system: You are a helpful assistant.
user:
Analyze the provided spectrum to determine if it is a **S-type Star**.

- **Key Indicators for S-type Star:**

    - **(Overall Spectrum Shape):** The first and most obvious characteristic is the overall continuum (the "baseline" shape). It is **extremely "red-sloping,"** meaning the flux (light intensity) is very low on the left side (blue, ~4000-4500 Å) and rises steeply and continuously toward the right side (red, ~7000 Å+).

    - **(Primary):** The spectrum is defined by the presence of strong, broad molecular absorption "valleys" (bands) from **Zirconium Oxide (ZrO)**. The identification of these bands is the **primary requirement** for classifying a star as S-type.
        - **(Key Bandheads):** You must find distinct, deep "dips" where the light has been absorbed. The most critical band systems to locate are:
            - **~6474 Å** ($\gamma$-system): This is often the strongest and clearest ZrO feature, found in the red part of the spectrum.
            - **~5718 Å** & **~5551 Å** ($\beta$-system): A pair of prominent absorption features in the yellow-orange part of the spectrum.
            - **~4640 Å** ($\alpha$-system): A key absorption band system in the blue-green region of the spectrum.

    - **(Secondary Confirmation):** The classification is strengthened by finding additional absorption bands from other related heavy element oxides, which are expected to be present alongside ZrO.
        - **(Key Bandheads):**
            - **Yttrium Oxide (YO):** Look for absorption dips near **~4800 Å** and **~6100 Å**.
            - **Lanthanum Oxide (LaO):** Additional absorption features, particularly in the red-orange part of the spectrum, are also characteristic.

    - **(Line Profile):** The combination of the steep red continuum and these numerous, deep molecular bands (ZrO, YO, etc.) gives the entire spectrum a very **"chopped-up"** or **"bumpy"** appearance. Instead of a smooth curve, the spectrum looks as though large, wide chunks of light have been "carved out" of it at the specific wavelengths listed above.

Think first, call **spectral_visualization_tool** if needed to examine features in detail, then provide your final answer. Your response must adhere to the following strict rules:
1.  **Overall Structure:** Your response must follow the format `<think>...</think> <tool_call>...</tool_call> (if a tool is used) <answer>...</answer>`.
2.  **Tool Usage Constraint:** You may only make **one** tool call per turn.
3.  **Final Answer Format:** In the `<answer>` tag, your conclusion must be inside a `\boxed{}` command (e.g., `\boxed{YES}` or `\boxed{NO}`), followed by your justification.

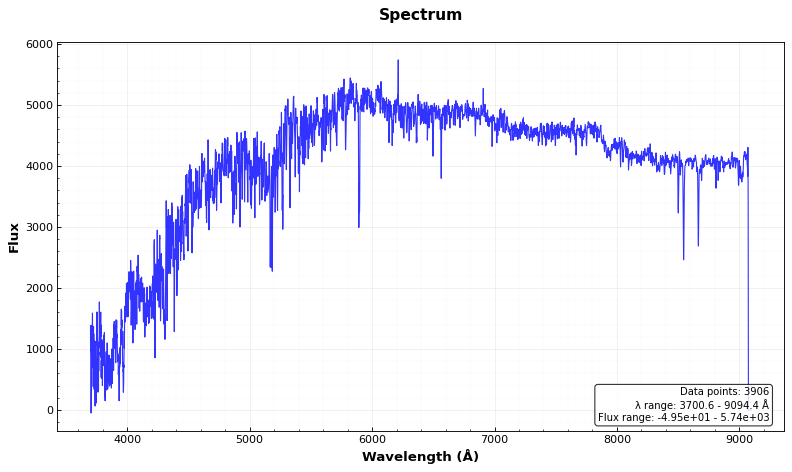
Answer: NO